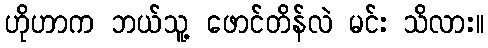
ဟိုဟာက ဘယ်သူ့ ဖောင်တိန်လဲ မင်း သိလား။